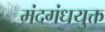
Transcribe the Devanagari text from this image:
मंदगंधयुक्त